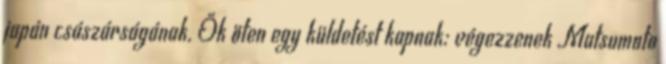
japán császárságának. Ők öten egy küldetést kapnak: végezzenek Matsumoto